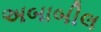
અબાબીલ